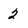
Character: 2